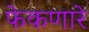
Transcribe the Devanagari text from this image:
फेकणारे